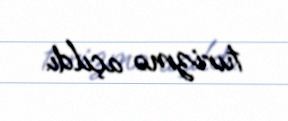
turizmə açıldı.